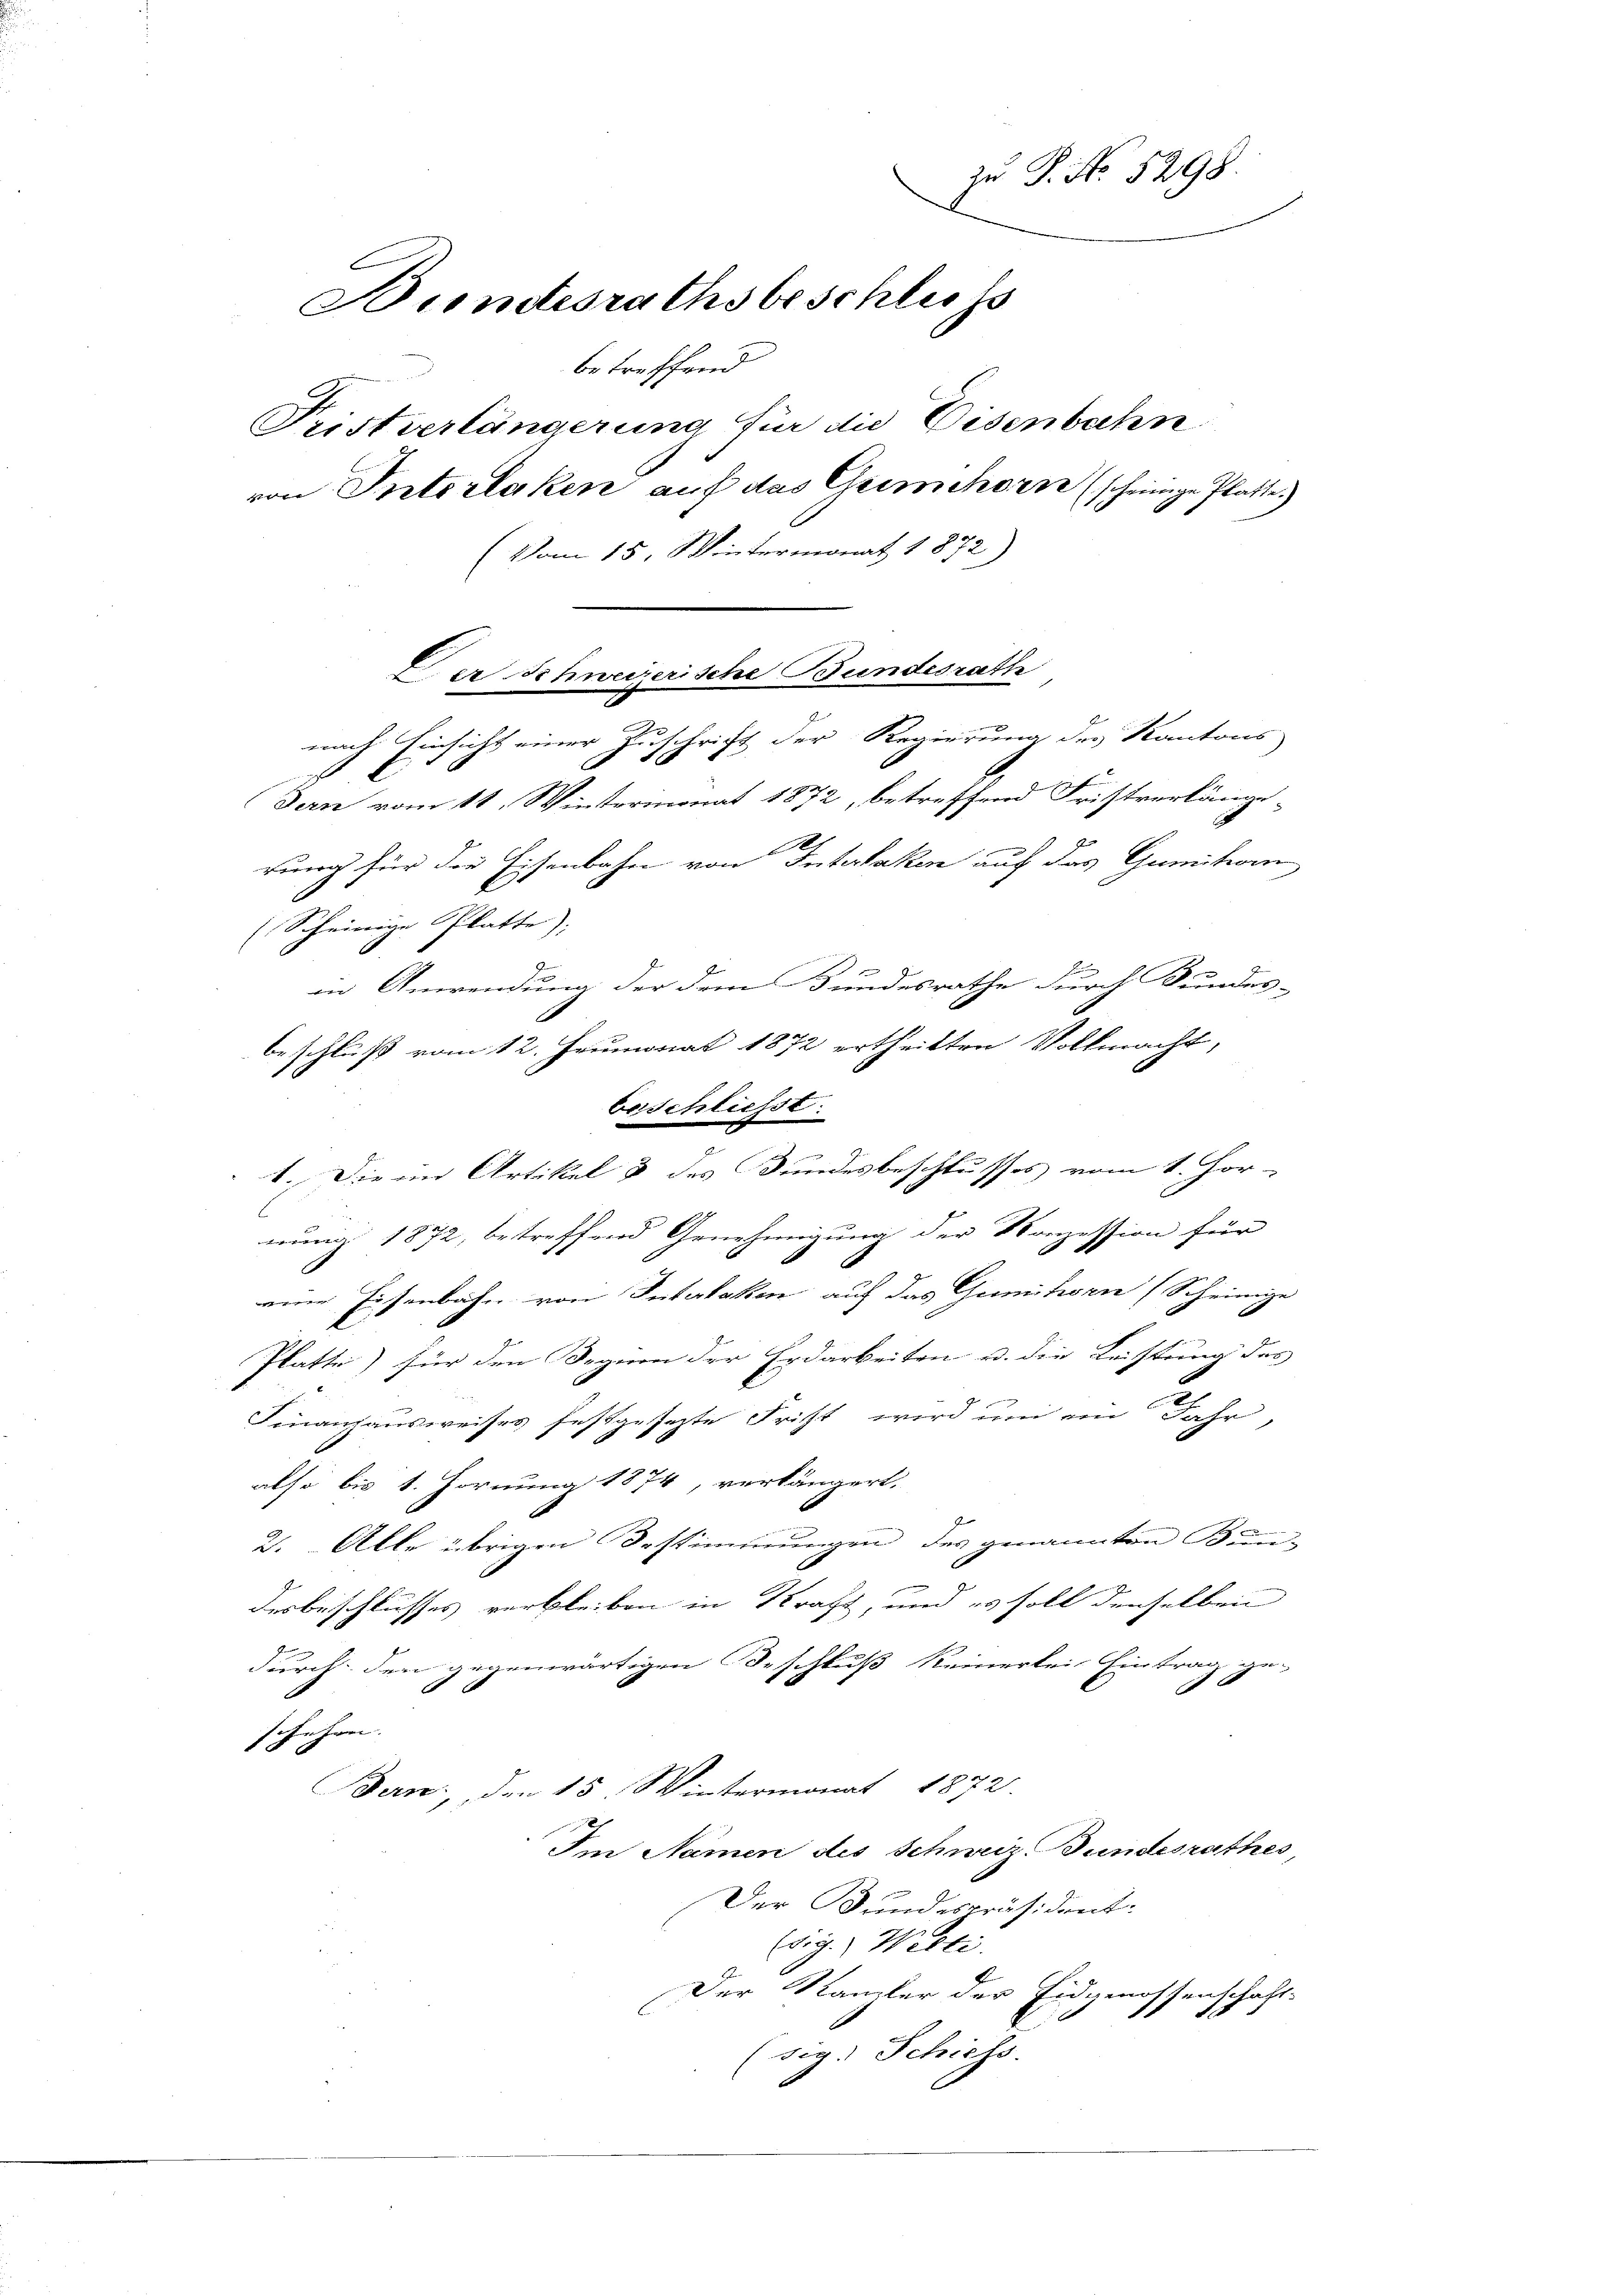
zu P. No. 5298.
Bundesrathsbeschluss
betreffend
Fristverlängerung für die Eisenbahn
von Interlaken auf das Geimchorn (scheinige Platte)
(Vom 15. Wintermonat 1872)

(Scheinige Platte),
mung 1872, betreffend Genehmigung der Konzession für
eine Eisenbahn von Interlaken auf das Gummihorn (Scheinige
Platte) für den Segnen der Erdarbeiten u. die Leistung des
Finanzausweises festgesezte Frist wird um ein Jahr,
also bis 1. Fornung 1874, verlängert,
2. Alle übrigen Bestimmungen des genannten Bundesbeschlusses verbleiben in Straft, und es soll denselben
durch den gegenwärtigen Beschluß keinerlei Eintrag ge-
6
Rehrn.
18
Bern, den 15. Wintermonat 1872.
Im Namen des Schweiz. Bundesrathes,
Der Bundespräsident-
(sig.) Welti.
Der Kanzler der Eidgenossenschaft-

(sig. Schiss.

Der Schweizerische Bundesrathe
nach Einsicht einer Zuschrift der Regierung des Kantons

dern vom 11. Wintermonat 1872, betreffend Fristverlängerung für die Eisenbahn von Interlaken auf das Gumitten
in Anwendung der dem Bundesrathe durch Bundes-
beschluß vom 12. Heumonat 1872 ertheilten Vollmacht,

beschliesst.
I. Die im Artikel & des Bundesbeschlusses vom 1. Hor-